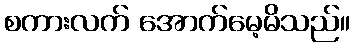
စကားလက် အောက်မေ့မိသည်။